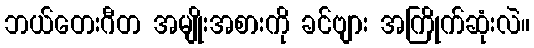
ဘယ်တေးဂီတ အမျိုးအစားကို ခင်ဗျား အကြိုက်ဆုံးလဲ။